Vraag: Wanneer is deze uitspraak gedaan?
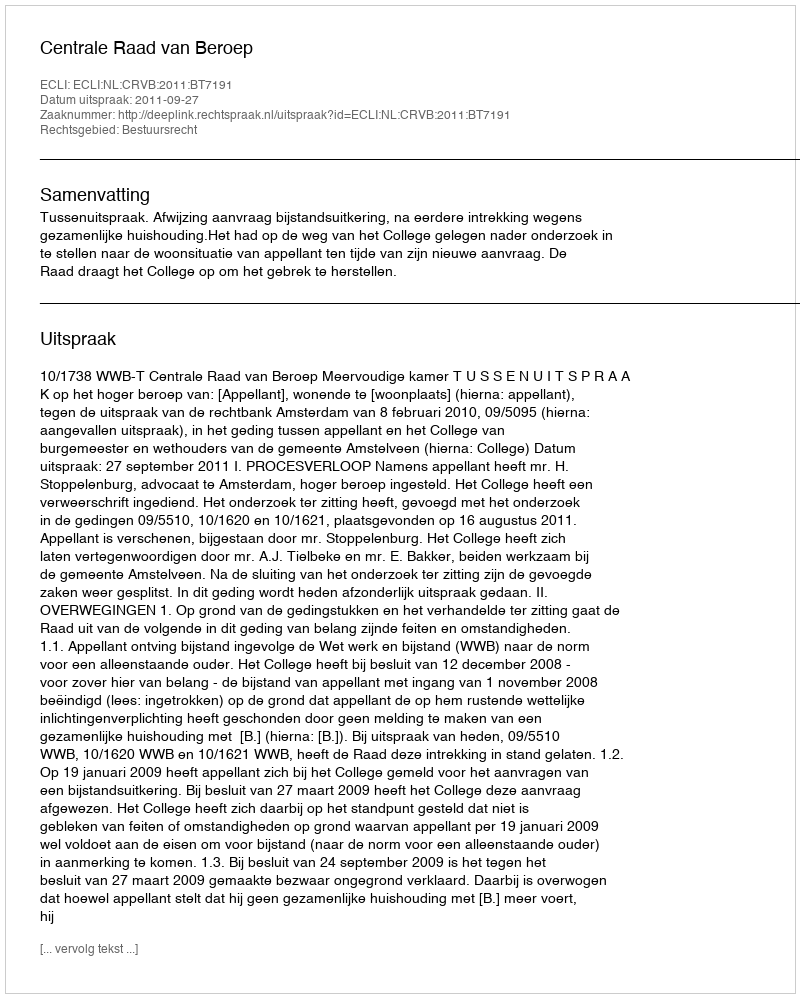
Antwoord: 2011-09-27